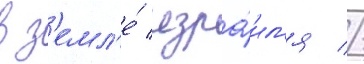
в з'емл'е́ изра́ил'я //